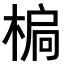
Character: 𣕄